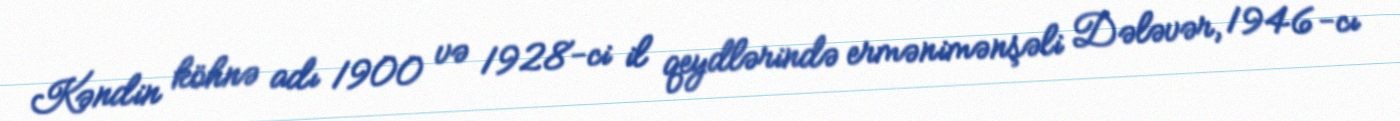
Kəndin köhnə adı 1900 və 1928-ci il qeydlərində ermənimənşəli Dələvər, 1946-cı